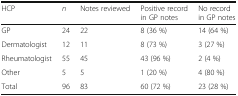
<table><thead><tr><td><b>HCP</b></td><td><b><i>n</i></b></td><td><b>Notes reviewed</b></td><td><b>Positive record in GP notes</b></td><td><b>No record in GP notes</b></td></tr></thead><tbody><tr><td>GP</td><td>24</td><td>22</td><td>8 (36 %)</td><td>14 (64 %)</td></tr><tr><td>Dermatologist</td><td>12</td><td>11</td><td>8 (73 %)</td><td>3 (27 %)</td></tr><tr><td>Rheumatologist</td><td>55</td><td>45</td><td>43 (96 %)</td><td>2 (4 %)</td></tr><tr><td>Other</td><td>5</td><td>5</td><td>1 (20 %)</td><td>4 (80 %)</td></tr><tr><td>Total</td><td>96</td><td>83</td><td>60 (72 %)</td><td>23 (28 %)</td></tr></tbody></table>